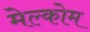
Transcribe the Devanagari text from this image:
मेल्कोम